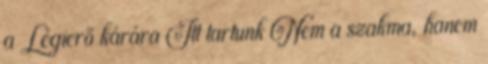
a Légierő kárára Itt tartunk Nem a szakma, hanem